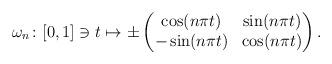
LaTeX: \begin{align*}\omega_n\colon [0,1]\ni t\mapsto\pm\begin{pmatrix} \cos (n\pi t)&\sin(n\pi t)\\ -\sin(n\pi t)&\cos(n\pi t)\end{pmatrix}.\end{align*}